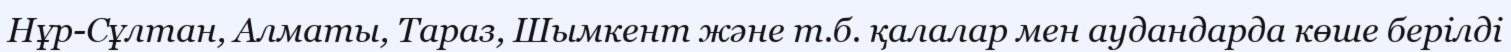
Нұр-Сұлтан, Алматы, Тараз, Шымкент және т.б. қалалар мен аудандарда көше берілді